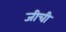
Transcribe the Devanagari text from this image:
जीची